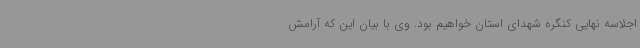
اجلاسه نهایی کنگره شهدای استان خواهیم بود. وی با بیان این که آرامش